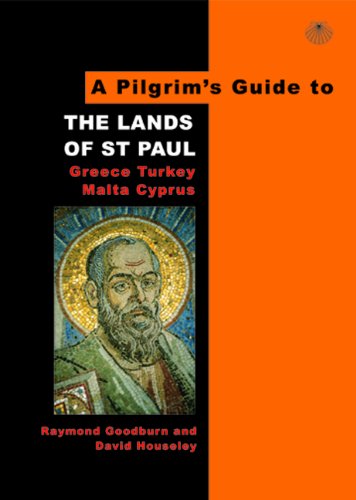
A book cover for Pilgrims Guide to the Lands of St Paul: Greece, Turkey, Malta, Cyprus (Pilgrim's Guides); Raymond Goodburn; Travel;